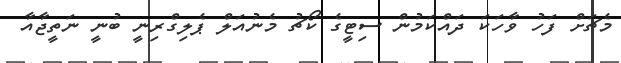
މެޗަށް ފަހު ވާހަކަ ދައްކަމުން ސިޓީގެ ކޯޗު މެނުއަލް ޕެލިގްރިނީ ބުނީ ނަތީޖާއާ